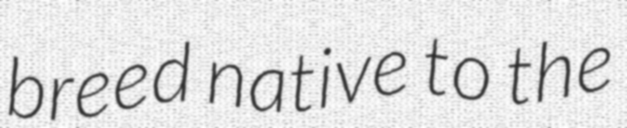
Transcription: breed native to the